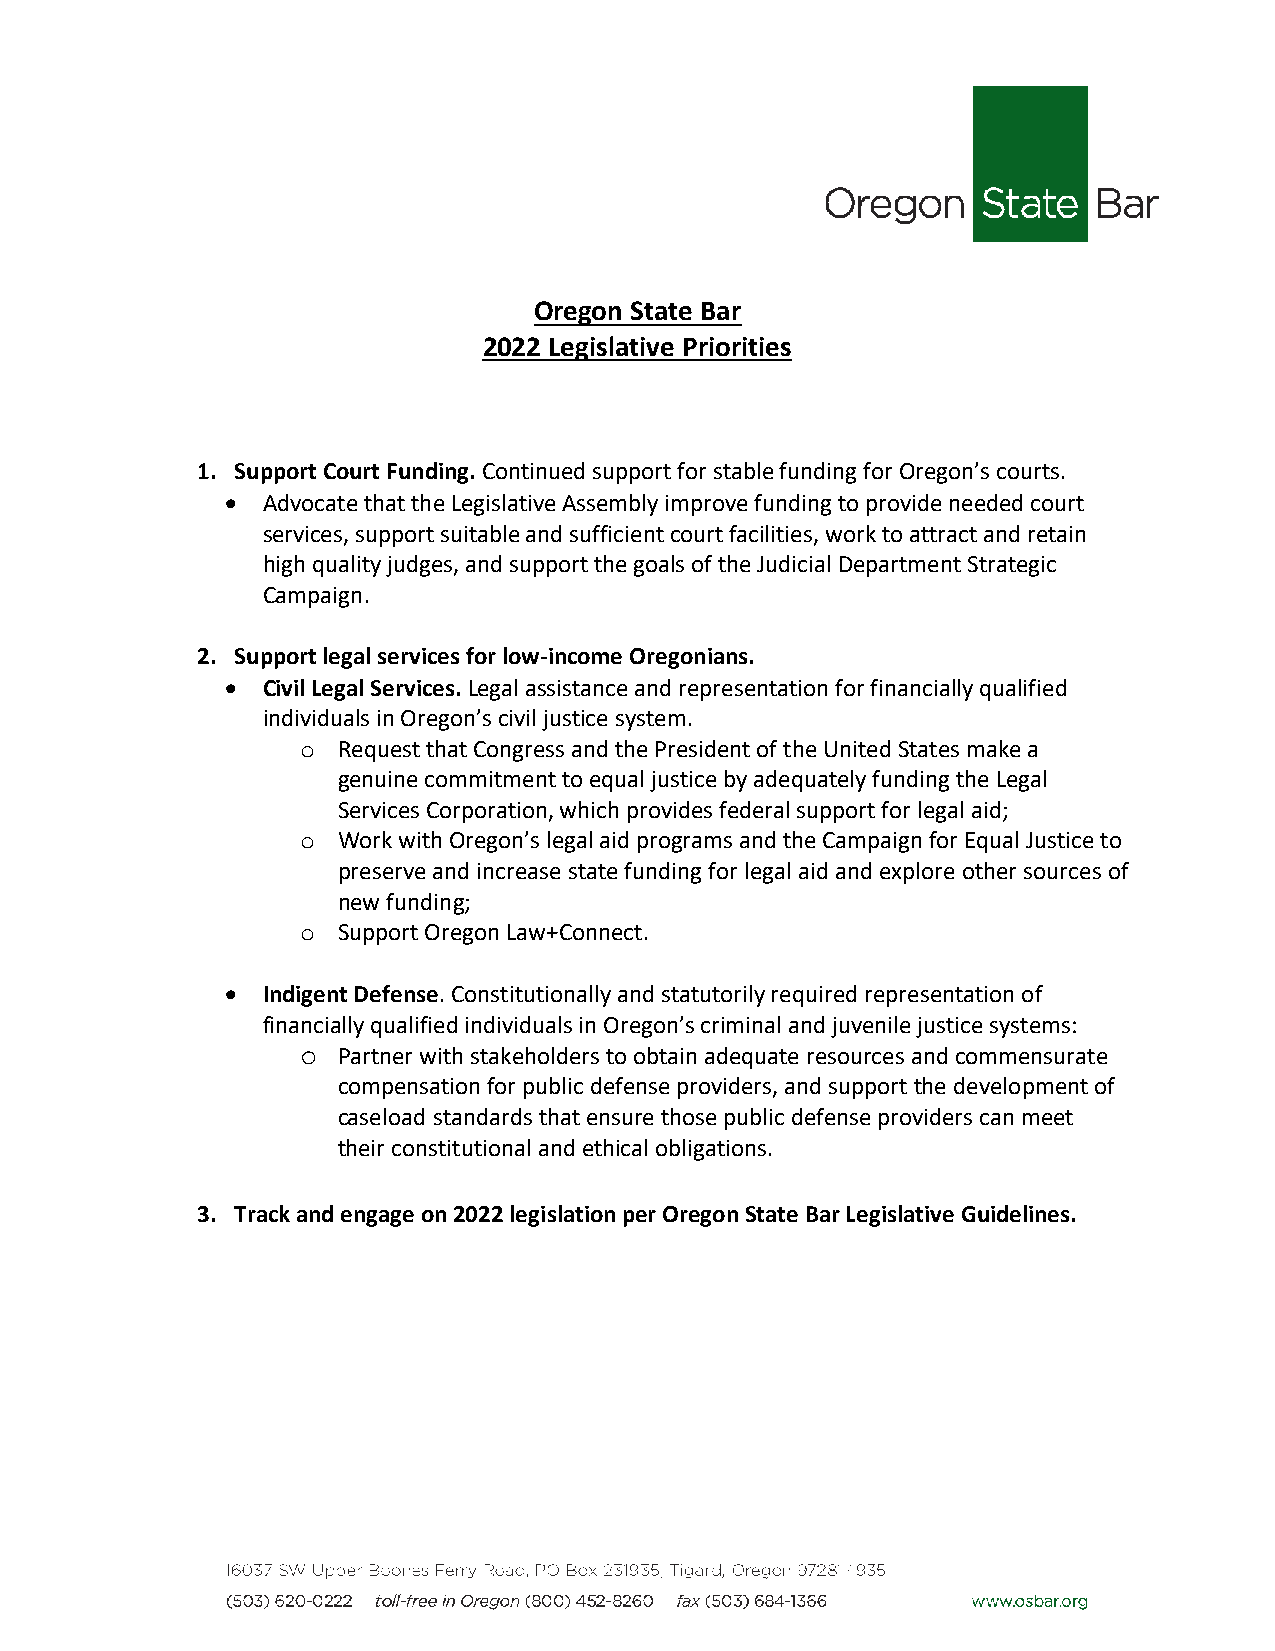
Oregon State Bar
 2022 Legislative Priorities
 1. Support Court Funding. Continued support for stable funding for Oregon’s courts.
  Advocate that the Legislative Assembly improve funding to provide needed court
 services, support suitable and sufficient court facilities, work to attract and retain
 high quality judges, and support the goals of the Judicial Department Strategic
 Campaign.
 2. Support legal services for low-income Oregonians.
  Civil Legal Services. Legal assistance and representation for financially qualified
 individuals in Oregon’s civil justice system.
 o Request that Congress and the President of the United States make a
 genuine commitment to equal justice by adequately funding the Legal
 Services Corporation, which provides federal support for legal aid;
 o Work with Oregon’s legal aid programs and the Campaign for Equal Justice to
 preserve and increase state funding for legal aid and explore other sources of
 new funding;
 o Support Oregon Law+Connect.
  Indigent Defense. Constitutionally and statutorily required representation of
 financially qualified individuals in Oregon’s criminal and juvenile justice systems:
 o Partner with stakeholders to obtain adequate resources and commensurate
 compensation for public defense providers, and support the development of
 caseload standards that ensure those public defense providers can meet
 their constitutional and ethical obligations.
 3. Track and engage on 2022 legislation per Oregon State Bar Legislative Guidelines.